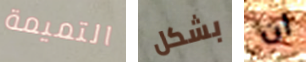
التميمة بشكل ان